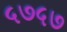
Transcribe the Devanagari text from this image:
५७५७